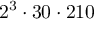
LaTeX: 2 ^ { 3 } \cdot 3 0 \cdot 2 1 0